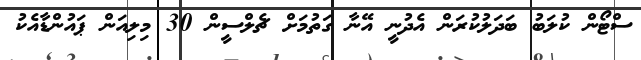
ސްޓޯން ކުލަބު ބަދަލުކުރަން އެދުނީ އޭނާ ގަތުމަށް ޗެލްސީން 30 މިލިއަން ޕައުންޑާއެކު